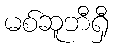
မစ်ဆူဘီရှီ